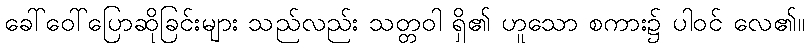
ခေါ်ဝေါ်ပြောဆိုခြင်းများ သည်လည်း သတ္တဝါ ရှိ၏ ဟူသော စကား၌ ပါဝင် လေ၏။